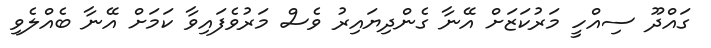
ގައްދޫ ސިއްހީ މަރުކަޒަށް އޭނާ ގެންދިޔައިރު ވެސް މަރުވެފައިވާ ކަމަށް އޭނާ ބެއްލެވި